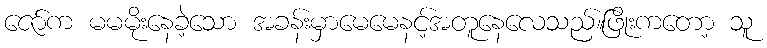
ဇော်က မမမိုးနေခဲ့သော အခန်းမှာမေမေနင့်အတူနေလေသည်။ဖြိုးကတော့ သူ